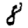
Digit: 8